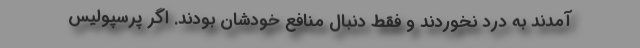
آمدند به درد نخوردند و فقط دنبال منافع خودشان بودند. اگر پرسپولیس